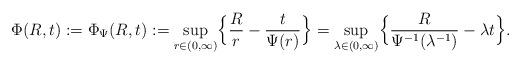
LaTeX: \begin{align*}\Phi(R,t):=\Phi_{\Psi}(R,t):=\sup_{r\in(0,\infty)}\Bigl\{\frac{R}{r}-\frac{t}{\Psi(r)}\Bigr\}=\sup_{\lambda\in(0,\infty)}\Bigl\{\frac{R}{\Psi^{-1}(\lambda^{-1})}-\lambda t\Bigr\}.\end{align*}